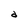
Character: d